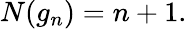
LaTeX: N(g_{n})=n+1.